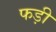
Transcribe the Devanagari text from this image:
फड़ी